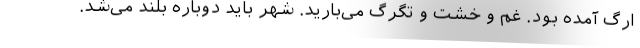
ارگ آمده بود. غم و خشت و تگرگ می‌بارید. شهر باید دوباره بلند می‌شد.